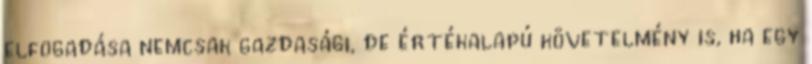
elfogadása nemcsak gazdasági, de értékalapú követelmény is, ha egy